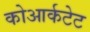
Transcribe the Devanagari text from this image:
कोआर्कटेट